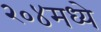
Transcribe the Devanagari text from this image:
२०४मध्ये